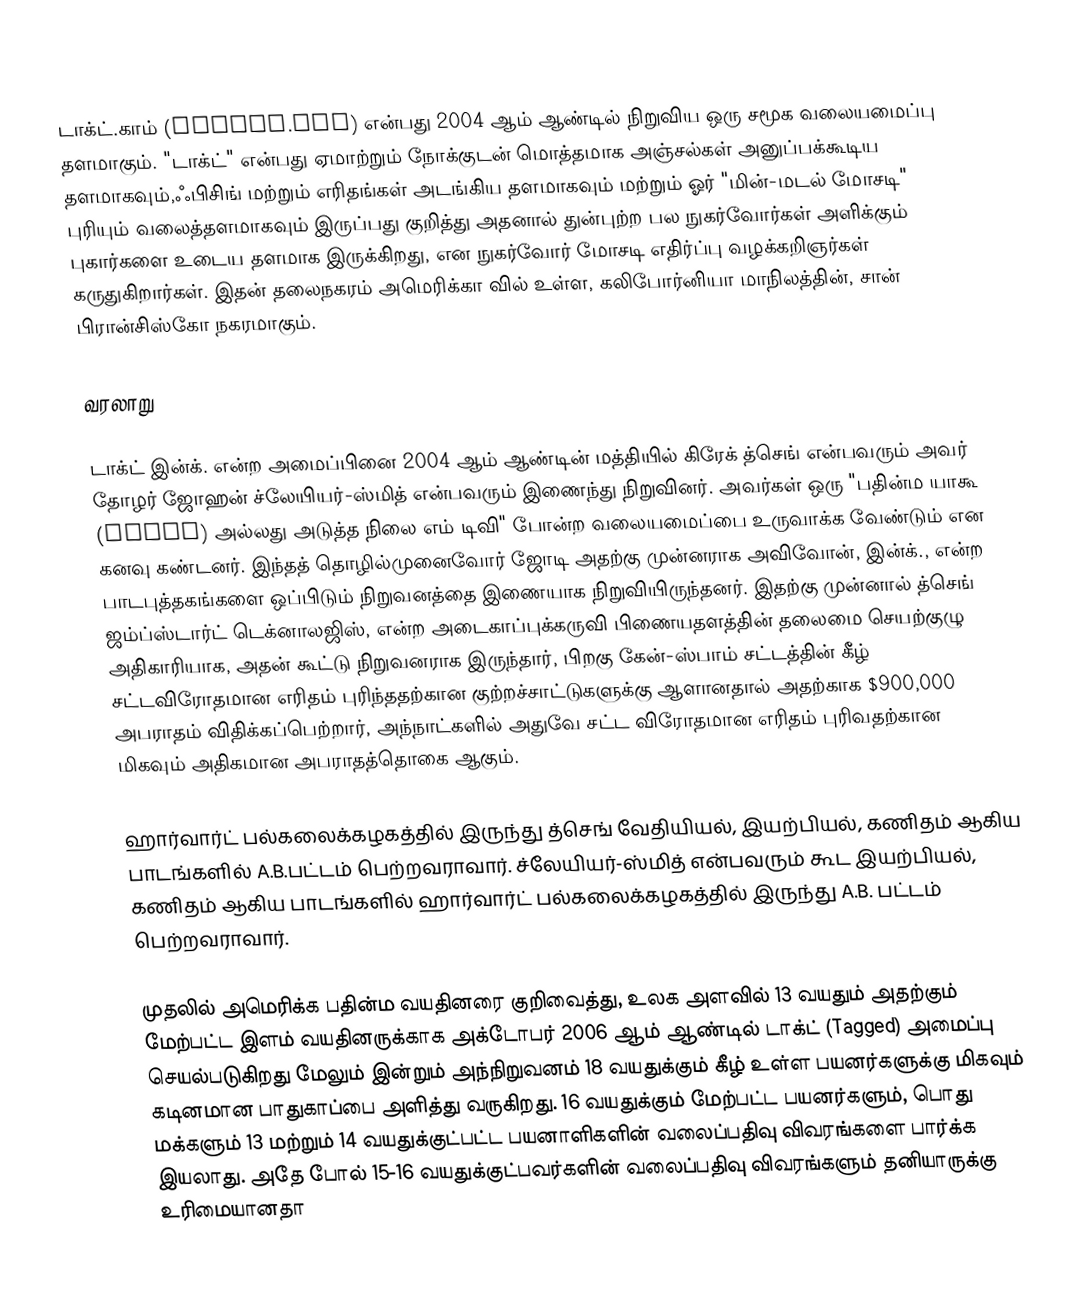
டாக்ட்.காம் (Tagged.com) என்பது 2004 ஆம் ஆண்டில் நிறுவிய ஒரு சமூக வலையமைப்பு தளமாகும். "டாக்ட்" என்பது ஏமாற்றும் நோக்குடன் மொத்தமாக அஞ்சல்கள் அனுப்பக்கூடிய தளமாகவும்,ஃபிசிங் மற்றும் எரிதங்கள் அடங்கிய தளமாகவும் மற்றும் ஓர் "மின்-மடல் மோசடி" புரியும் வலைத்தளமாகவும் இருப்பது குறித்து அதனால் துன்புற்ற பல நுகர்வோர்கள் அளிக்கும் புகார்களை உடைய தளமாக இருக்கிறது, என நுகர்வோர் மோசடி எதிர்ப்பு வழக்கறிஞர்கள் கருதுகிறார்கள். இதன் தலைநகரம் அமெரிக்கா வில் உள்ள, கலிபோர்னியா மாநிலத்தின், சான் பிரான்சிஸ்கோ நகரமாகும்.

வரலாறு

டாக்ட் இன்க். என்ற அமைப்பினை 2004 ஆம் ஆண்டின் மத்தியில் கிரேக் த்செங் என்பவரும் அவர் தோழர் ஜோஹன் ச்லேயியர்-ஸ்மித் என்பவரும் இணைந்து நிறுவினர். அவர்கள் ஒரு "பதின்ம யாகூ (Yahoo) அல்லது அடுத்த நிலை எம் டிவி" போன்ற வலையமைப்பை உருவாக்க வேண்டும் என கனவு கண்டனர். இந்தத் தொழில்முனைவோர் ஜோடி அதற்கு முன்னராக அவிவோன், இன்க்., என்ற பாடபுத்தகங்களை ஒப்பிடும் நிறுவனத்தை இணையாக நிறுவியிருந்தனர். இதற்கு முன்னால் த்செங் ஜம்ப்ஸ்டார்ட் டெக்னாலஜிஸ், என்ற அடைகாப்புக்கருவி பிணையதளத்தின் தலைமை செயற்குழு அதிகாரியாக, அதன் கூட்டு நிறுவனராக இருந்தார், பிறகு கேன்-ஸ்பாம் சட்டத்தின் கீழ் சட்டவிரோதமான எரிதம் புரிந்ததற்கான குற்றச்சாட்டுகளுக்கு ஆளானதால் அதற்காக $900,000 அபராதம் விதிக்கப்பெற்றார், அந்நாட்களில் அதுவே சட்ட விரோதமான எரிதம் புரிவதற்கான மிகவும் அதிகமான அபராதத்தொகை ஆகும்.

ஹார்வார்ட் பல்கலைக்கழகத்தில் இருந்து த்செங் வேதியியல், இயற்பியல், கணிதம் ஆகிய பாடங்களில் A.B.பட்டம் பெற்றவராவார். ச்லேயியர்-ஸ்மித் என்பவரும் கூட இயற்பியல், கணிதம் ஆகிய பாடங்களில் ஹார்வார்ட் பல்கலைக்கழகத்தில் இருந்து A.B. பட்டம் பெற்றவராவார்.

முதலில் அமெரிக்க பதின்ம வயதினரை குறிவைத்து, உலக அளவில் 13 வயதும் அதற்கும் மேற்பட்ட இளம் வயதினருக்காக அக்டோபர் 2006 ஆம் ஆண்டில் டாக்ட் (Tagged) அமைப்பு செயல்படுகிறது மேலும் இன்றும் அந்நிறுவனம் 18 வயதுக்கும் கீழ் உள்ள பயனர்களுக்கு மிகவும் கடினமான பாதுகாப்பை அளித்து வருகிறது. 16 வயதுக்கும் மேற்பட்ட பயனர்களும், பொது மக்களும் 13 மற்றும் 14 வயதுக்குட்பட்ட பயனாளிகளின் வலைப்பதிவு விவரங்களை பார்க்க இயலாது. அதே போல் 15-16 வயதுக்குட்பவர்களின் வலைப்பதிவு விவரங்களும் தனியாருக்கு உரிமையானதா